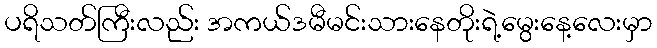
ပရိသတ်ကြီးလည်း အကယ်ဒမီမင်းသားနေတိုးရဲ့မွေးနေ့လေးမှာ